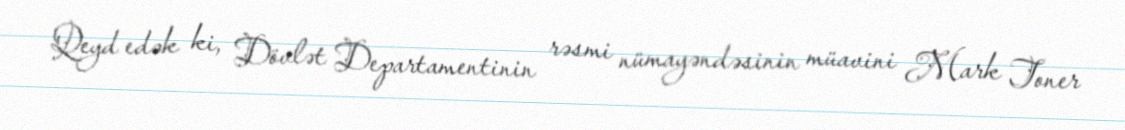
Qeyd edək ki, Dövlət Departamentinin rəsmi nümayəndəsinin müavini Mark Toner